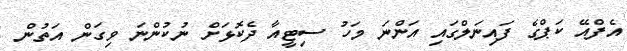
އެފްއޭ ކަޕްގެ ފައިނަލްގައި އަންނަ މަހު ސިޓީއާ ދެކޮޅަށް ނުކުންނަ ވިގަން އަތުން